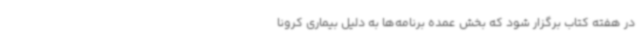
در هفته کتاب برگزار شود که بخش عمده برنامه‌ها به دلیل بیماری کرونا